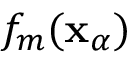
f _ { m } ( \ensuremath { \mathbf { x } } _ { \alpha } )